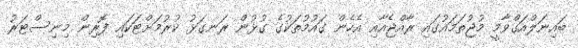
ބައިނަލްއަގްވާމީ މުޖުތަމައުގައި ރާއްޖެއާއި އެހެން ގައުމުތަކުގެ ގުޅުން ރަނގަޅު ކުރުމަށްޓަކައި ފޮރިން މިނިސްޓަރު